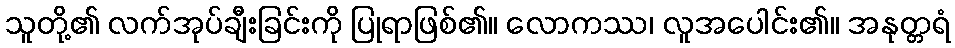
သူတို့၏ လက်အုပ်ချီးခြင်းကို ပြုရာဖြစ်၏။ လောကဿ၊ လူအပေါင်း၏။ အနုတ္တရံ